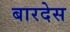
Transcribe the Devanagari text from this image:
बारदेस